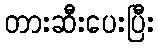
တားဆီးပေးပြီး